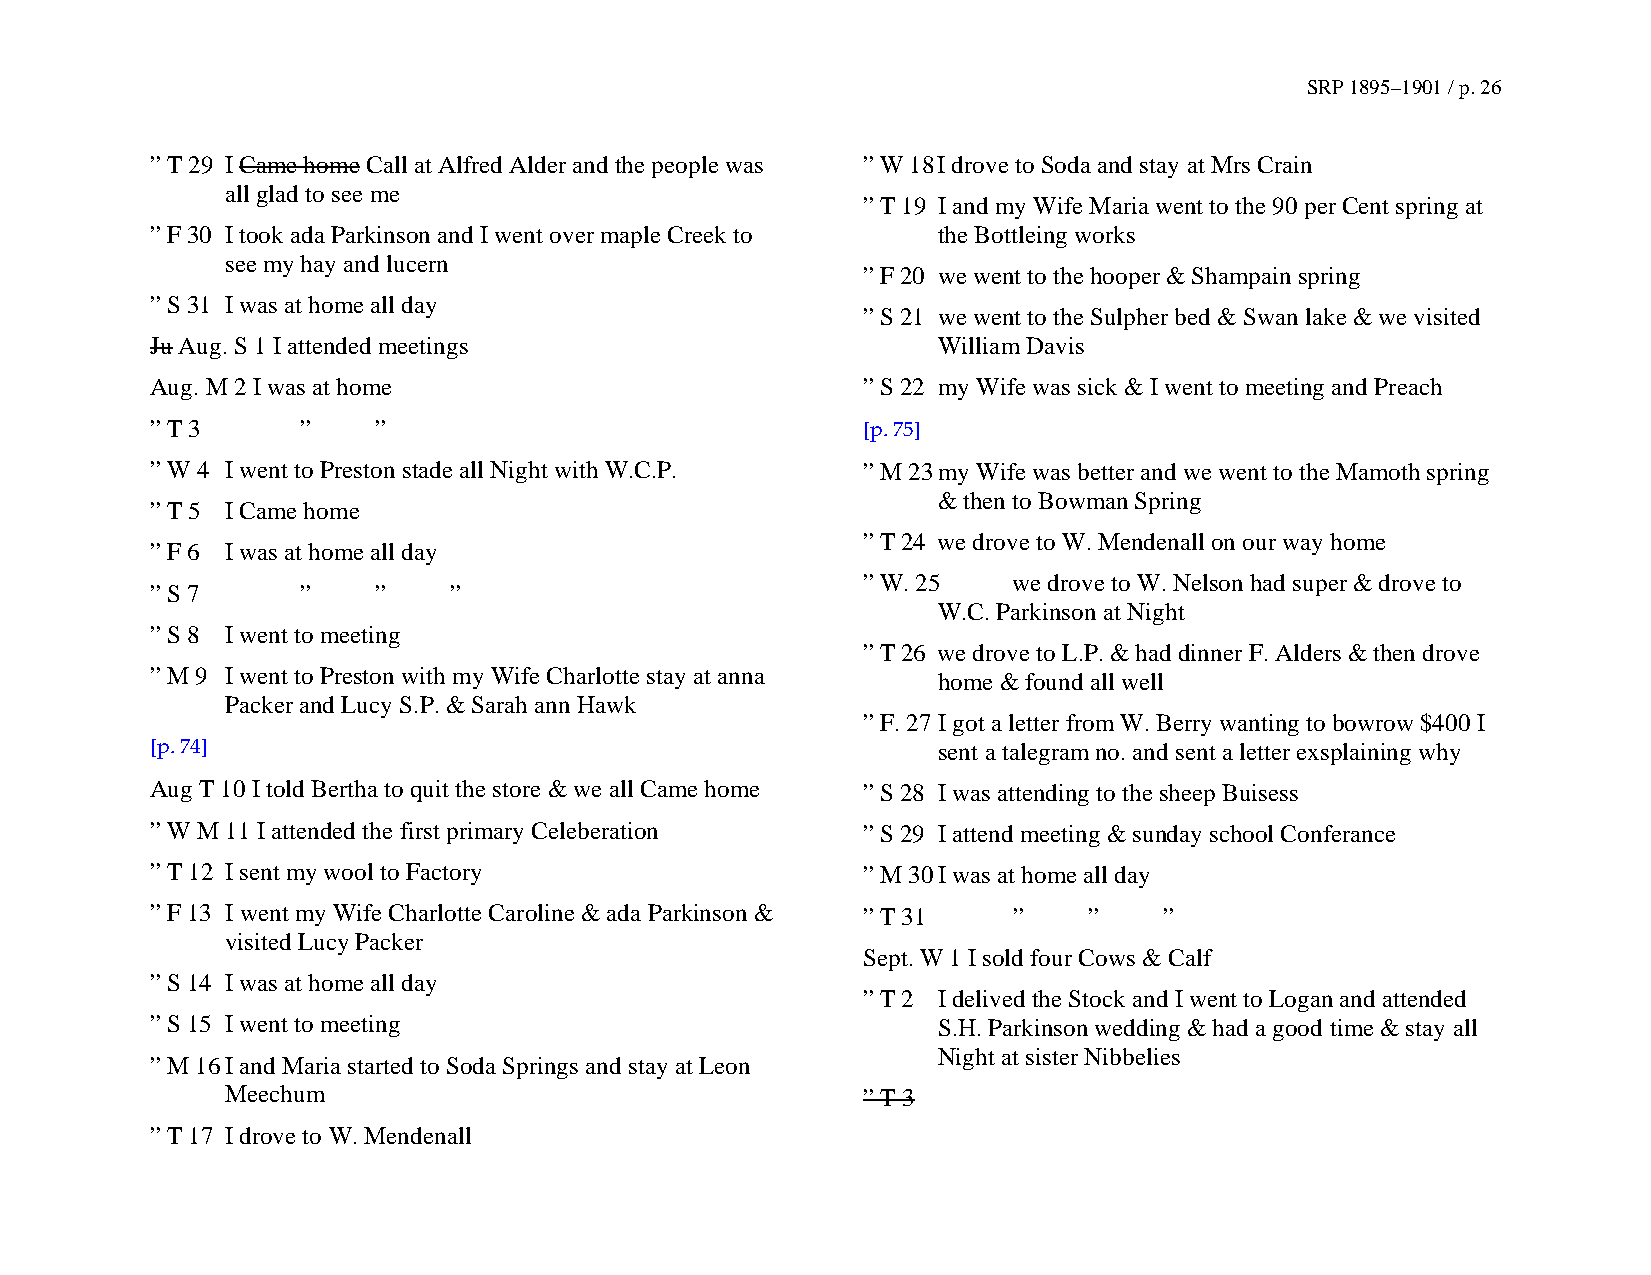
SRP 1895–1901 / p. 26
 ” T 29 I Came home Call at Alfred Alder and the people was ” W 18 I drove to Soda and stay at Mrs Crain
 all glad to see me
 ” T 19 I and my Wife Maria went to the 90 per Cent spring at
 ” F 30 I took ada Parkinson and I went over maple Creek to the Bottleing works
 see my hay and lucern
 ” F 20 we went to the hooper & Shampain spring
 ” S 31 I was at home all day
 ” S 21 we went to the Sulpher bed & Swan lake & we visited
 Ju Aug. S 1 I attended meetings                     William Davis
 Aug. M 2 I was at home                         ” S 22 my Wife was sick & I went to meeting and Preach
 ” T 3     ”    ”                               [p. 75]
 ” W 4 I went to Preston stade all Night with W.C.P. ” M 23 my Wife was better and we went to the Mamoth spring
 & then to Bowman Spring
 ” T 5 I Came home
 ” T 24 we drove to W. Mendenall on our way home
 ” F 6 I was at home all day
 ” W. 25   we drove to W. Nelson had super & drove to
 ” S 7     ”    ”    ”
 W.C. Parkinson at Night
 ” S 8 I went to meeting
 ” T 26 we drove to L.P. & had dinner F. Alders & then drove
 ” M 9 I went to Preston with my Wife Charlotte stay at anna home & found all well
 Packer and Lucy S.P. & Sarah ann Hawk
 ” F. 27 I got a letter from W. Berry wanting to bowrow $400 I
 [p. 74]                                             sent a talegram no. and sent a letter exsplaining why
 Aug T 10 I told Bertha to quit the store & we all Came home ” S 28 I was attending to the sheep Buisess
 ” W M 11 I attended the first primary Celeberation ” S 29 I attend meeting & sunday school Conferance
 ” T 12 I sent my wool to Factory               ” M 30 I was at home all day
 ” F 13 I went my Wife Charlotte Caroline & ada Parkinson & ” T 31 ” ” ”
 visited Lucy Packer
 Sept. W 1 I sold four Cows & Calf
 ” S 14 I was at home all day
 ” T 2 I delived the Stock and I went to Logan and attended
 ” S 15 I went to meeting                            S.H. Parkinson wedding & had a good time & stay all
 Night at sister Nibbelies
 ” M 16 I and Maria started to Soda Springs and stay at Leon
 Meechum                                   ” T 3
 ” T 17 I drove to W. Mendenall